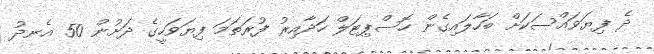
ދެ ފިޔަވައްސަކަށް ބަހާލައިގެން ހޮސްޕިޓަލް ހަދާއިރު ފުރަތަމަ ފިޔަވަހީގެ ދަށުން 50 އެނދު